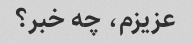
عزیزم، چه خبر؟